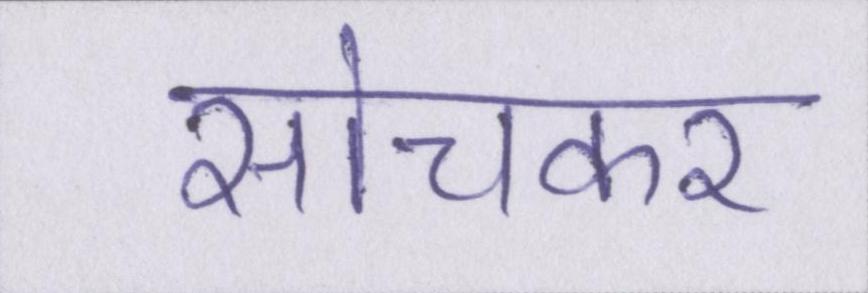
सोचकर